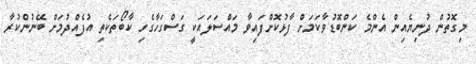
މިގޮތުން ދުނިޔެއިން އެންމެ ކަންބޮޑުވާކަމަށް ފާޅުކޮށްފައިވާ މައްސަލައަކީ ގަސްގަހާގެހި ކާބޯތަކެތި އުފެއްދުމަށް ބޭނުންކުރާ